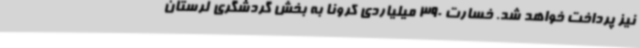
نیز پرداخت خواهد شد. خسارت 390 میلیاردی کرونا به بخش گردشگری لرستان